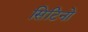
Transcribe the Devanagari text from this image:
सिटिनो